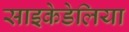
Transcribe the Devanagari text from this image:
साइकेडेलिया